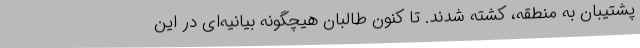
پشتیبان به منطقه، کشته شدند. تا کنون طالبان هیچگونه بیانیه‌ای در این